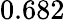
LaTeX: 0.682